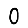
Digit: 0